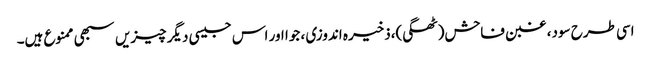
اسی طرح سود، غبن فاحش(ٹھگی)،ذخیرہ اندوزی ، جوا اور اس جیسی دیگر چیزیں سبھی ممنوع ہیں۔